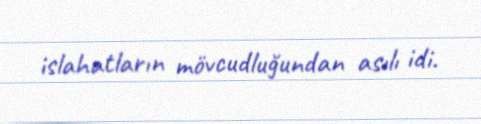
islahatların mövcudluğundan asılı idi.